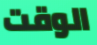
الوقت